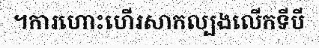
។ការហោះហើរសាកល្បងលើកទីបី